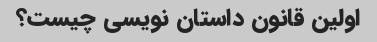
اولین قانون داستان نویسی چیست؟